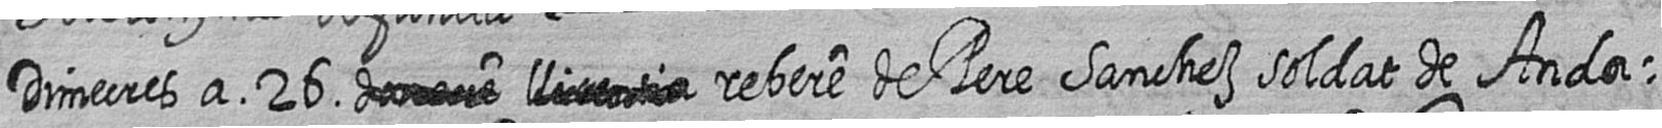
Dimecres a 26 # # rebere de Pere Sanchez soldat de Anda=